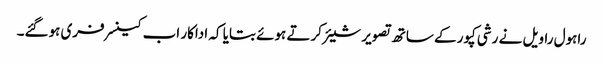
راہول راویل نے رشی کپور کے ساتھ تصویر شیئر کرتے ہوئے بتایا کہ اداکار اب کینسر فری ہوگئے۔